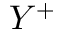
Y ^ { + }